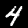
Digit: 4